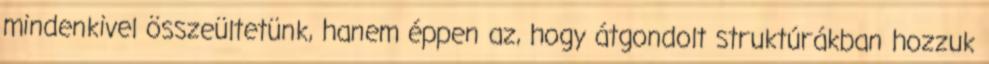
mindenkivel összeültetünk, hanem éppen az, hogy átgondolt struktúrákban hozzuk